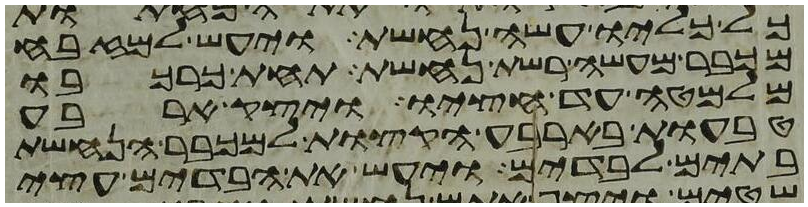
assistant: כל כליו עשה נחשת ויעש למזבח
מכבר מעשה רשת נחשת תחת כרכבו
מלמטה עד חציו ויצק ארבע
טבעות בארבע הקצות למכבר הנחשת
בתים לבדים ויעש את הבדים עצי